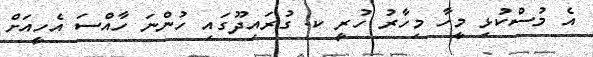
އެ މުސްކުޅި މީހާ މިހާރު ހުރީ ކ. ގުރައިދޫގައި ހުންނަ ހާއްސަ އެހީއަށް